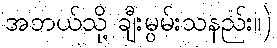
အဘယ်သို့ ချီးမွမ်းသနည်း။)